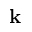
{ \bf k }